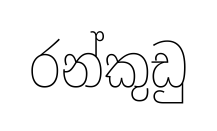
රන්කුඩු